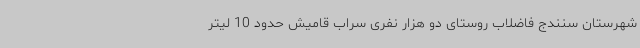
شهرستان سنندج فاضلاب روستای دو هزار نفری سراب‌ قامیش حدود 10 لیتر